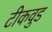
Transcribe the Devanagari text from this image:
टीकवुड